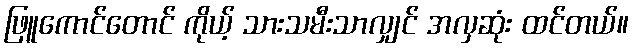
ဖြူကောင်တောင် ကိုယ့် သားသမီးသာလျှင် အလှဆုံး ထင်တယ်။